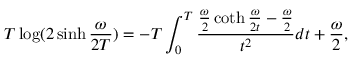
T \log ( 2 \sinh { \frac { \omega } { 2 T } } ) = - T \int _ { 0 } ^ { T } { \frac { { \frac { \omega } { 2 } } \coth { \frac { \omega } { 2 t } } - { \frac { \omega } { 2 } } } { t ^ { 2 } } } d t + { \frac { \omega } { 2 } } ,